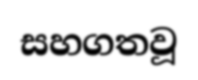
සහගතවූ